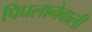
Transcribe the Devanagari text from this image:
पिघलानेवाली